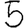
Digit: 5